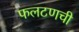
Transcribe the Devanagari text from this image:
फलटणची